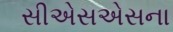
સીએસએસના